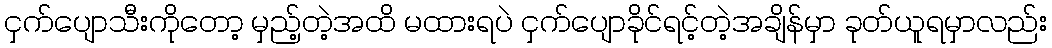
ငှက်ပျောသီးကိုတော့ မှည့်တဲ့အထိ မထားရပဲ ငှက်ပျောခိုင်ရင့်တဲ့အချိန်မှာ ခုတ်ယူရမှာလည်း